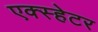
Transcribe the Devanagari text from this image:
एक्स्हेटर